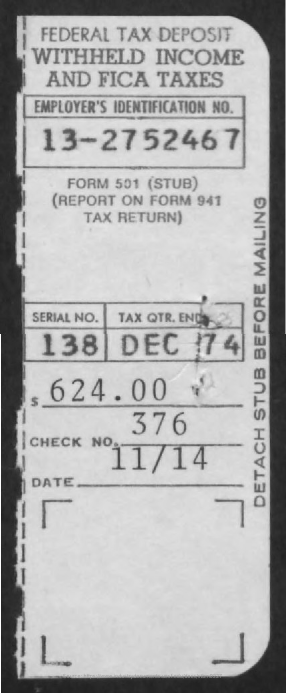
FEDERAL    TAX    DEPOSIT
     WITHHELD    INCOME
     AND    FICA    TAXES
     EMPLOYER'S    IDENTIFICATION    NO.
     13-2752467
     FORM    501    (STUB)
     (REPORT    ON    FORM    941
     TAX    RETURN)
     S
     SERIAL    NO.    TAX    QTR.    ENDS-
     138    DEC    174
     00
     624.00
     376
     CHECK    NO.
     11/14
     DATE
     DETACH
     STUB
     BEFORE
     MAILING
     Source: https://www.industrydocuments.ucsf.edu/docs/stbm0227